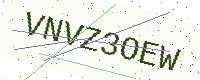
Text: VNVZ3OEW